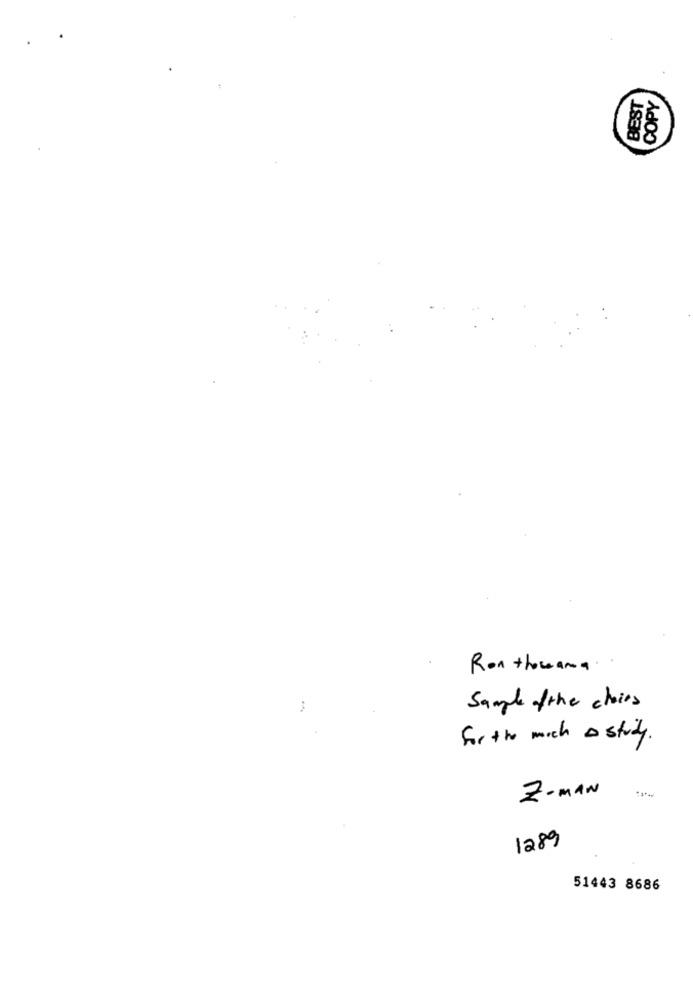
BEST
COPY
Roa thousand ..
Sample of the choices
for the mich A study.
Z-MAN
1289
51443 8686